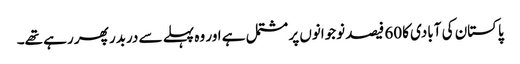
پاکستان کی آبادی کا60 فیصد نوجوانوں پر مشتمل ہے اور وہ پہلے سے دربدر پھر رہے تھے۔